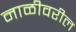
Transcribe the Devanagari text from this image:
नाळीवरील